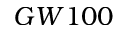
G W 1 0 0